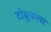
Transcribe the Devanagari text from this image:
टोब्रुकला